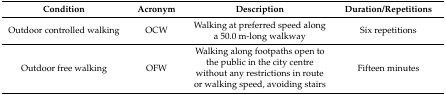
| Condition | Acronym | Description | Duration/Repetitions |
 | --- | --- | --- | --- |
 | Outdoor controlled walking | OCW | Walking at preferred speed along a 50.0 m-long walkway | Six repetitions |
 | Outdoor free walking | OFW | Walking along footpaths open to the public in the city centre without any restrictions in route or walking speed, avoiding stairs | Fifteen minutes |